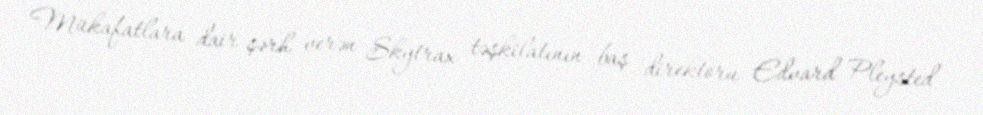
Mükafatlara dair şərh verən Skytrax təşkilatının baş direktoru Edvard Pleysted